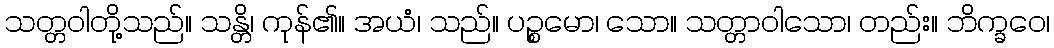
သတ္တဝါတို့သည်။ သန္တိ၊ ကုန်၏။ အယံ၊ သည်။ ပဉ္စမော၊ သော။ သတ္တာဝါသော၊ တည်း။ ဘိက္ခဝေ၊